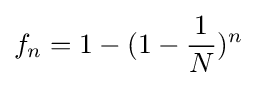
f_{n}=1-(1-{\frac {1}{N}})^{n}